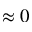
\approx 0